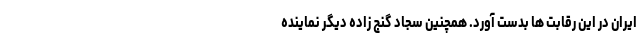
ایران در این رقابت ها بدست آورد. همچنین سجاد گنج زاده دیگر نماینده